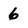
Character: 6